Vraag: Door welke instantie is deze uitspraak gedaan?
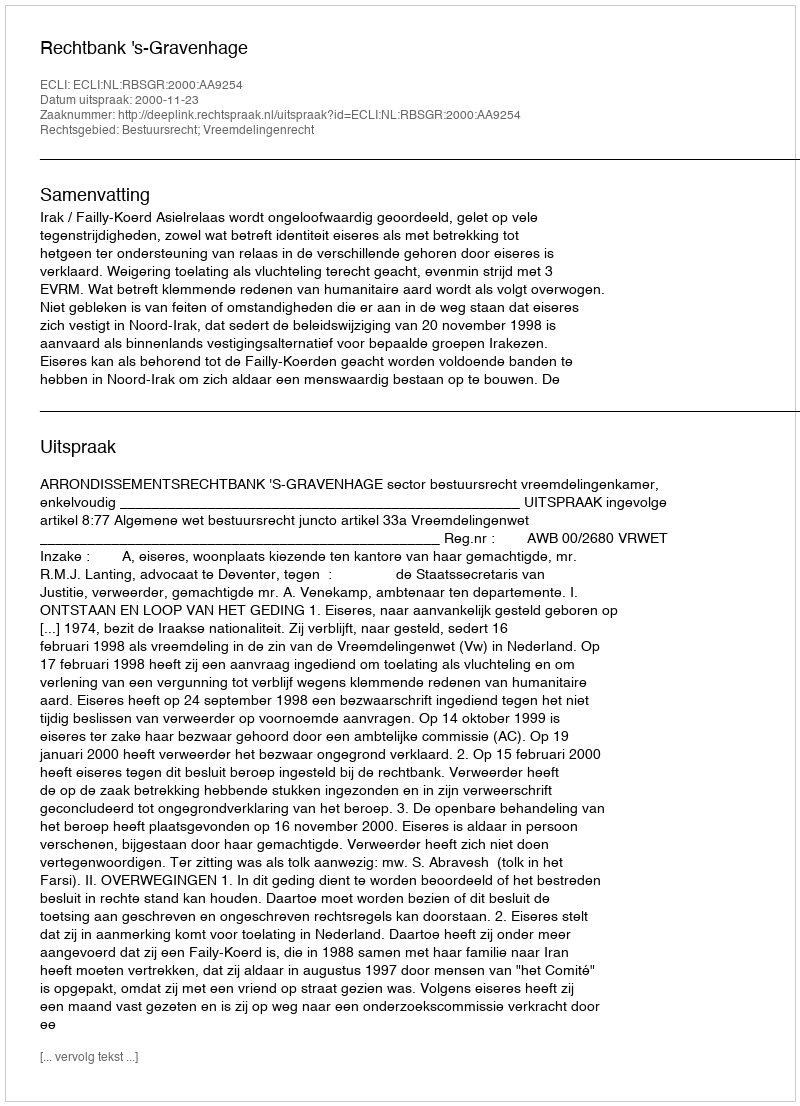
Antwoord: Rechtbank 's-Gravenhage